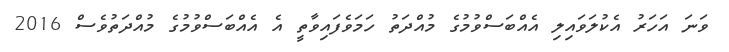
ވަނަ އަހަރު އެކުލަވައިލި އެއްބަސްވުމުގެ މުއްދަތު ހަމަވެފައިވާތީ އެ އެއްބަސްވުމުގެ މުއްދަތުވެސް 2016